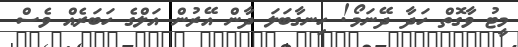
މީޓު ވާގޮތް ހަދާ ދޭނަމޯ! ހިނގާބަލަ ދާން އޭރުން އަލްގެ ހަބަރެއް ވެސް